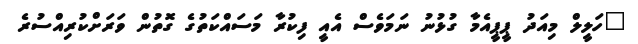
"ހަލީލް މިއަދު ޕީޕީއެމާ ގުޅުނު ނަމަވެސް އެއީ ފިކުރާ މަސައްކަތުގެ ގޮތުން ވަަރަށްކުރިއްސުރެ